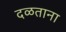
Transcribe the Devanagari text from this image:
दळताना